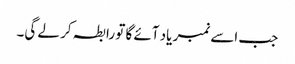
جب اسے نمبر یاد آئے گا تو رابطہ کر لے گی۔